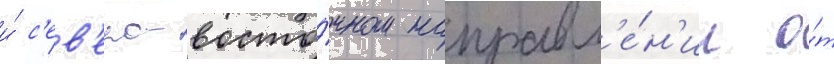
и́ с'ев'еро-восто́чном направл'е́н'ии о́т